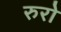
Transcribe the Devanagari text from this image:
रुरो